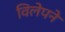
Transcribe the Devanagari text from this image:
विलेपने